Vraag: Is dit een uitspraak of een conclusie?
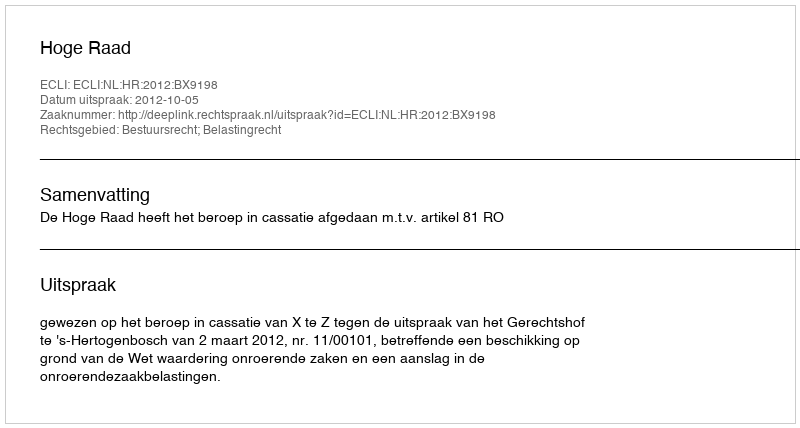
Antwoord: Uitspraak